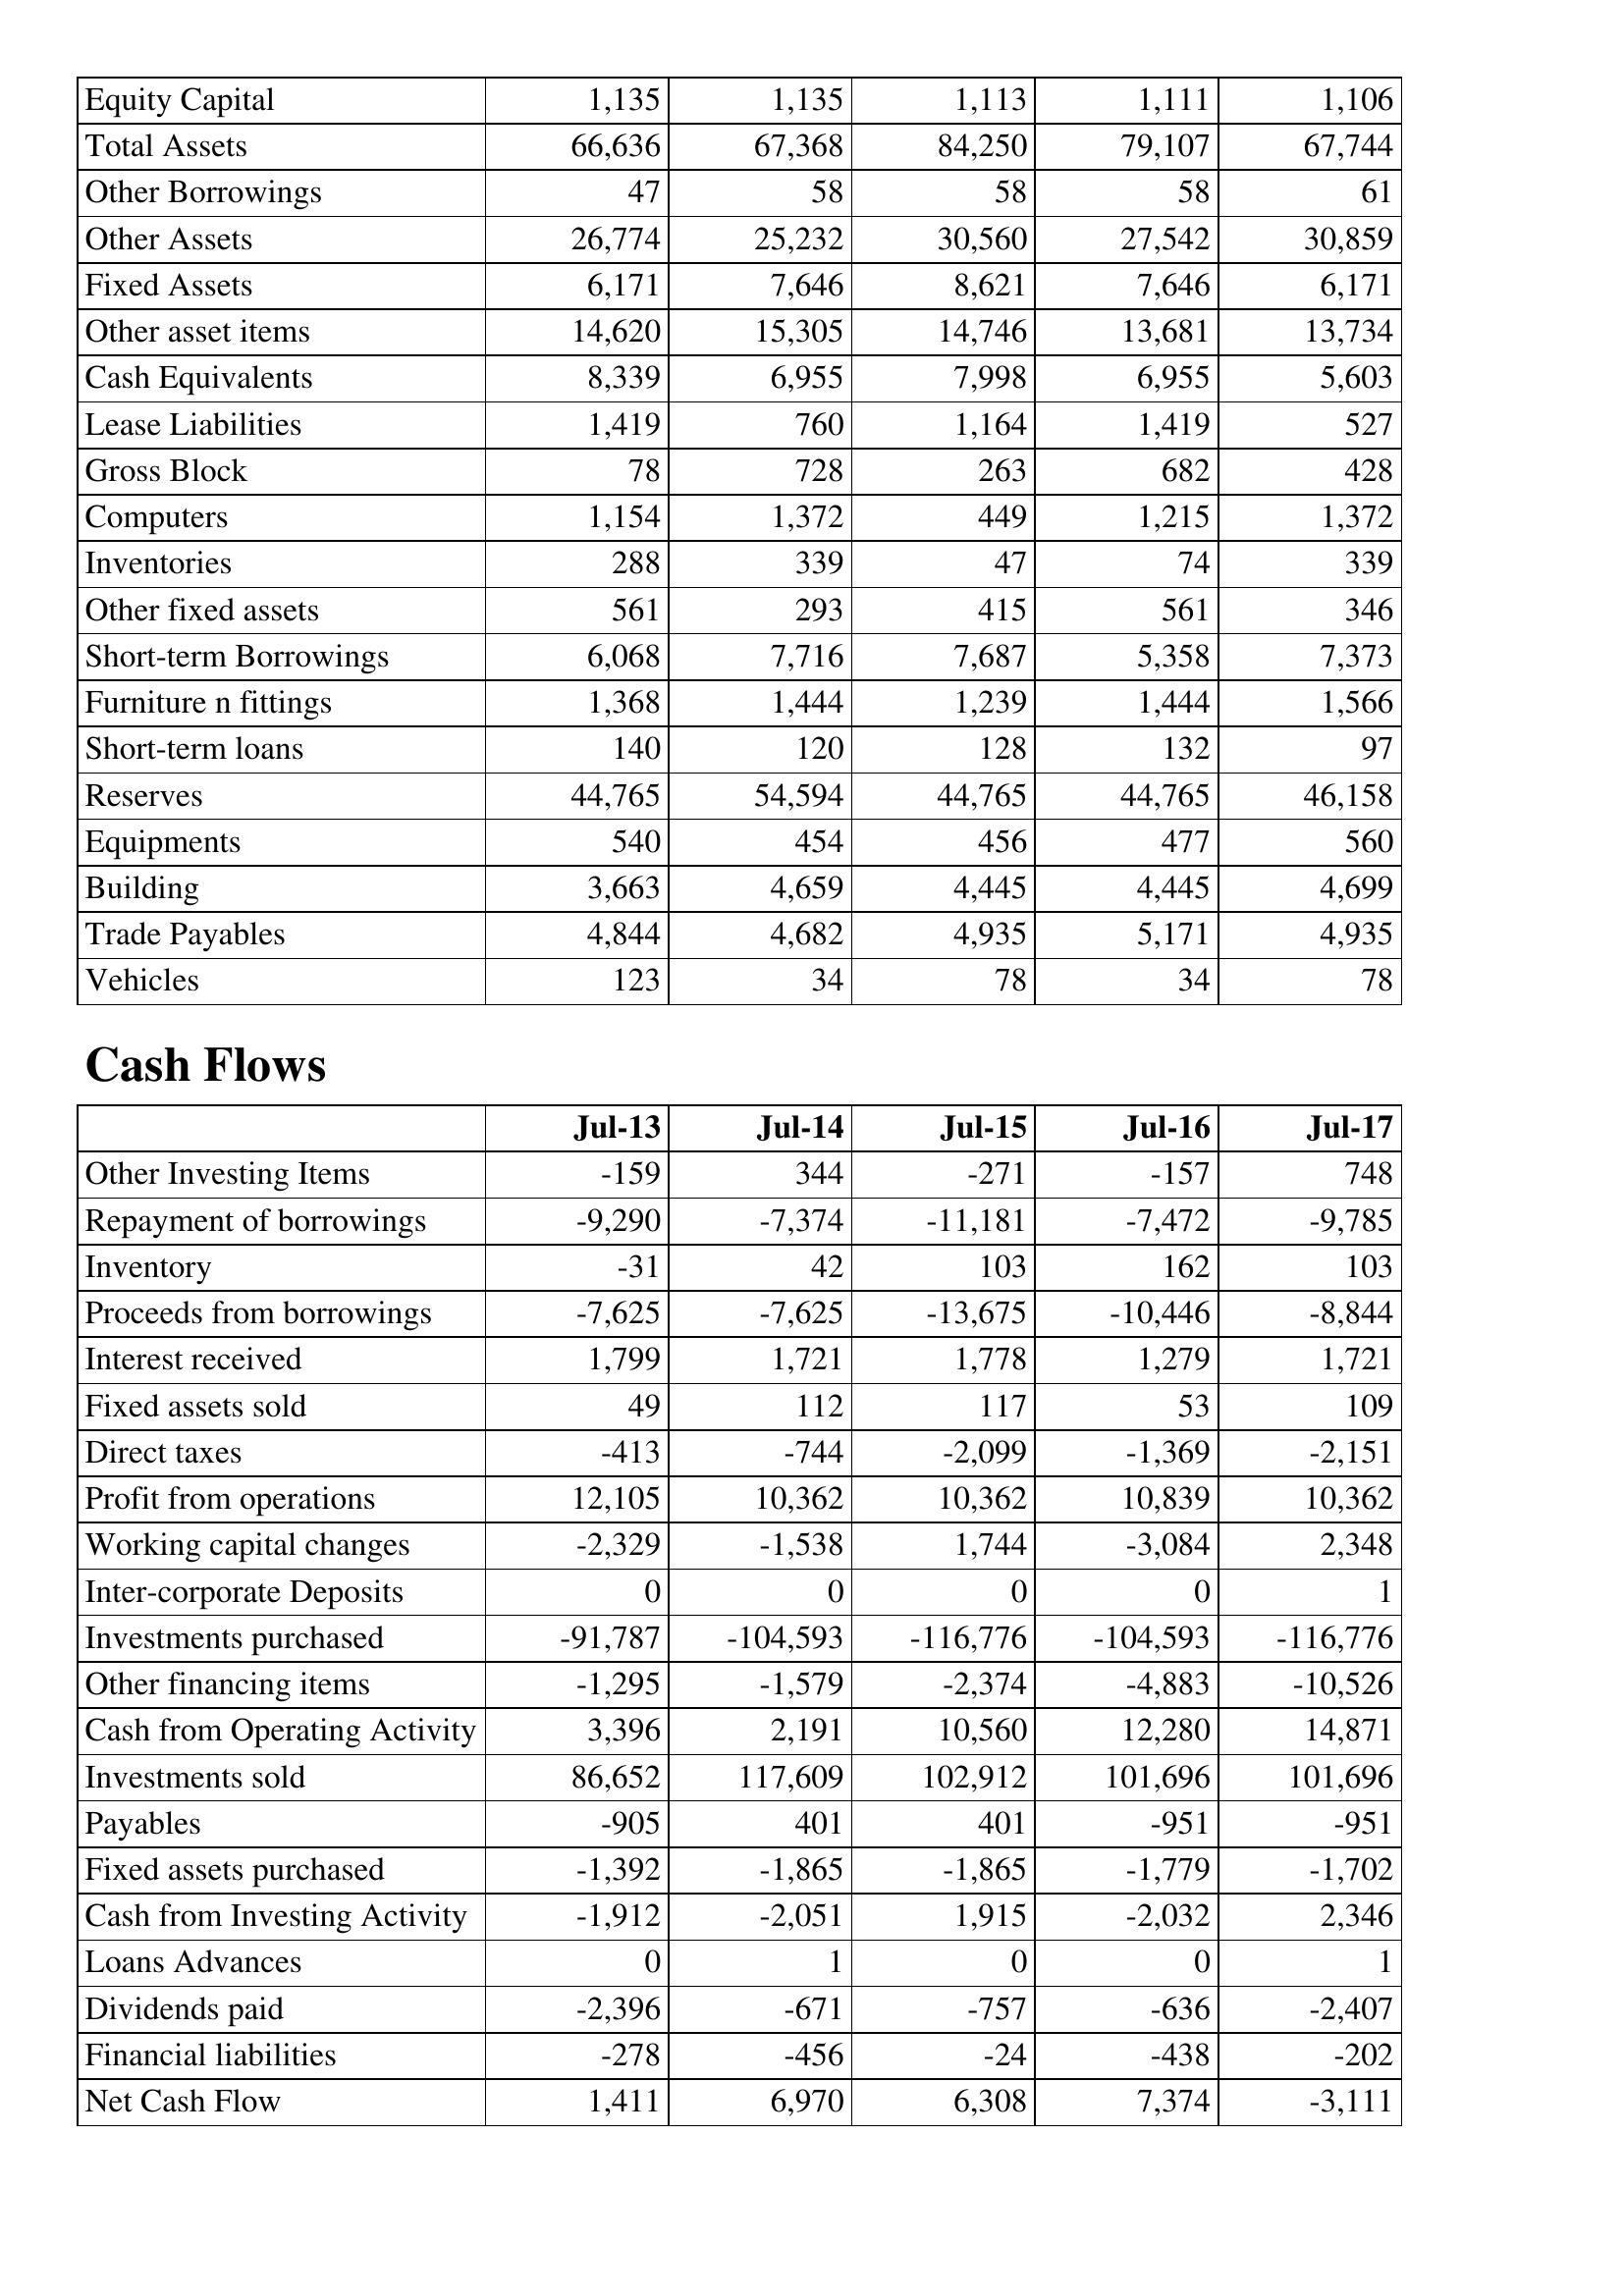
Jul-13: Balance Sheet: Equity Capital: 1,135
Total Assets: 66,636
Other Borrowings: 47
Other Assets: 26,774
Fixed Assets: 6,171
Other asset items: 14,620
Cash Equivalents: 8,339
Lease Liabilities: 1,419
Gross Block: 78
Computers: 1,154
Inventories: 288
Other fixed assets: 561
Short-term Borrowings: 6,068
Furniture n fittings: 1,368
Short-term loans: 140
Reserves: 44,765
Equipments: 540
Building: 3,663
Trade Payables: 4,844
Vehicles: 123
Cash Flows: Other Investing Items: -159
Repayment of borrowings: -9,290
Inventory: -31
Proceeds from borrowings: -7,625
Interest received: 1,799
Fixed assets sold: 49
Direct taxes: -413
Profit from operations: 12,105
Working capital changes: -2,329
Inter-corporate Deposits: 0
Investments purchased: -91,787
Other financing items: -1,295
Cash from Operating Activity: 3,396
Investments sold: 86,652
Payables: -905
Fixed assets purchased: -1,392
Cash from Investing Activity: -1,912
Loans Advances: 0
Dividends paid: -2,396
Financial liabilities: -278
Net Cash Flow: 1,411
Jul-14: Balance Sheet: Equity Capital: 1,135
Total Assets: 67,368
Other Borrowings: 58
Other Assets: 25,232
Fixed Assets: 7,646
Other asset items: 15,305
Cash Equivalents: 6,955
Lease Liabilities: 760
Gross Block: 728
Computers: 1,372
Inventories: 339
Other fixed assets: 293
Short-term Borrowings: 7,716
Furniture n fittings: 1,444
Short-term loans: 120
Reserves: 54,594
Equipments: 454
Building: 4,659
Trade Payables: 4,682
Vehicles: 34
Cash Flows: Other Investing Items: 344
Repayment of borrowings: -7,374
Inventory: 42
Proceeds from borrowings: -7,625
Interest received: 1,721
Fixed assets sold: 112
Direct taxes: -744
Profit from operations: 10,362
Working capital changes: -1,538
Inter-corporate Deposits: 0
Investments purchased: -104,593
Other financing items: -1,579
Cash from Operating Activity: 2,191
Investments sold: 117,609
Payables: 401
Fixed assets purchased: -1,865
Cash from Investing Activity: -2,051
Loans Advances: 1
Dividends paid: -671
Financial liabilities: -456
Net Cash Flow: 6,970
Jul-15: Balance Sheet: Equity Capital: 1,113
Total Assets: 84,250
Other Borrowings: 58
Other Assets: 30,560
Fixed Assets: 8,621
Other asset items: 14,746
Cash Equivalents: 7,998
Lease Liabilities: 1,164
Gross Block: 263
Computers: 449
Inventories: 47
Other fixed assets: 415
Short-term Borrowings: 7,687
Furniture n fittings: 1,239
Short-term loans: 128
Reserves: 44,765
Equipments: 456
Building: 4,445
Trade Payables: 4,935
Vehicles: 78
Cash Flows: Other Investing Items: -271
Repayment of borrowings: -11,181
Inventory: 103
Proceeds from borrowings: -13,675
Interest received: 1,778
Fixed assets sold: 117
Direct taxes: -2,099
Profit from operations: 10,362
Working capital changes: 1,744
Inter-corporate Deposits: 0
Investments purchased: -116,776
Other financing items: -2,374
Cash from Operating Activity: 10,560
Investments sold: 102,912
Payables: 401
Fixed assets purchased: -1,865
Cash from Investing Activity: 1,915
Loans Advances: 0
Dividends paid: -757
Financial liabilities: -24
Net Cash Flow: 6,308
Jul-16: Balance Sheet: Equity Capital: 1,111
Total Assets: 79,107
Other Borrowings: 58
Other Assets: 27,542
Fixed Assets: 7,646
Other asset items: 13,681
Cash Equivalents: 6,955
Lease Liabilities: 1,419
Gross Block: 682
Computers: 1,215
Inventories: 74
Other fixed assets: 561
Short-term Borrowings: 5,358
Furniture n fittings: 1,444
Short-term loans: 132
Reserves: 44,765
Equipments: 477
Building: 4,445
Trade Payables: 5,171
Vehicles: 34
Cash Flows: Other Investing Items: -157
Repayment of borrowings: -7,472
Inventory: 162
Proceeds from borrowings: -10,446
Interest received: 1,279
Fixed assets sold: 53
Direct taxes: -1,369
Profit from operations: 10,839
Working capital changes: -3,084
Inter-corporate Deposits: 0
Investments purchased: -104,593
Other financing items: -4,883
Cash from Operating Activity: 12,280
Investments sold: 101,696
Payables: -951
Fixed assets purchased: -1,779
Cash from Investing Activity: -2,032
Loans Advances: 0
Dividends paid: -636
Financial liabilities: -438
Net Cash Flow: 7,374
Jul-17: Balance Sheet: Equity Capital: 1,106
Total Assets: 67,744
Other Borrowings: 61
Other Assets: 30,859
Fixed Assets: 6,171
Other asset items: 13,734
Cash Equivalents: 5,603
Lease Liabilities: 527
Gross Block: 428
Computers: 1,372
Inventories: 339
Other fixed assets: 346
Short-term Borrowings: 7,373
Furniture n fittings: 1,566
Short-term loans: 97
Reserves: 46,158
Equipments: 560
Building: 4,699
Trade Payables: 4,935
Vehicles: 78
Cash Flows: Other Investing Items: 748
Repayment of borrowings: -9,785
Inventory: 103
Proceeds from borrowings: -8,844
Interest received: 1,721
Fixed assets sold: 109
Direct taxes: -2,151
Profit from operations: 10,362
Working capital changes: 2,348
Inter-corporate Deposits: 1
Investments purchased: -116,776
Other financing items: -10,526
Cash from Operating Activity: 14,871
Investments sold: 101,696
Payables: -951
Fixed assets purchased: -1,702
Cash from Investing Activity: 2,346
Loans Advances: 1
Dividends paid: -2,407
Financial liabilities: -202
Net Cash Flow: -3,111